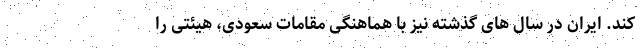
کند. ایران در سال های گذشته نیز با هماهنگی مقامات سعودی، هیئتی را